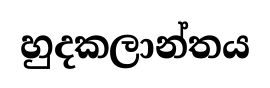
හුදකලාන්තය